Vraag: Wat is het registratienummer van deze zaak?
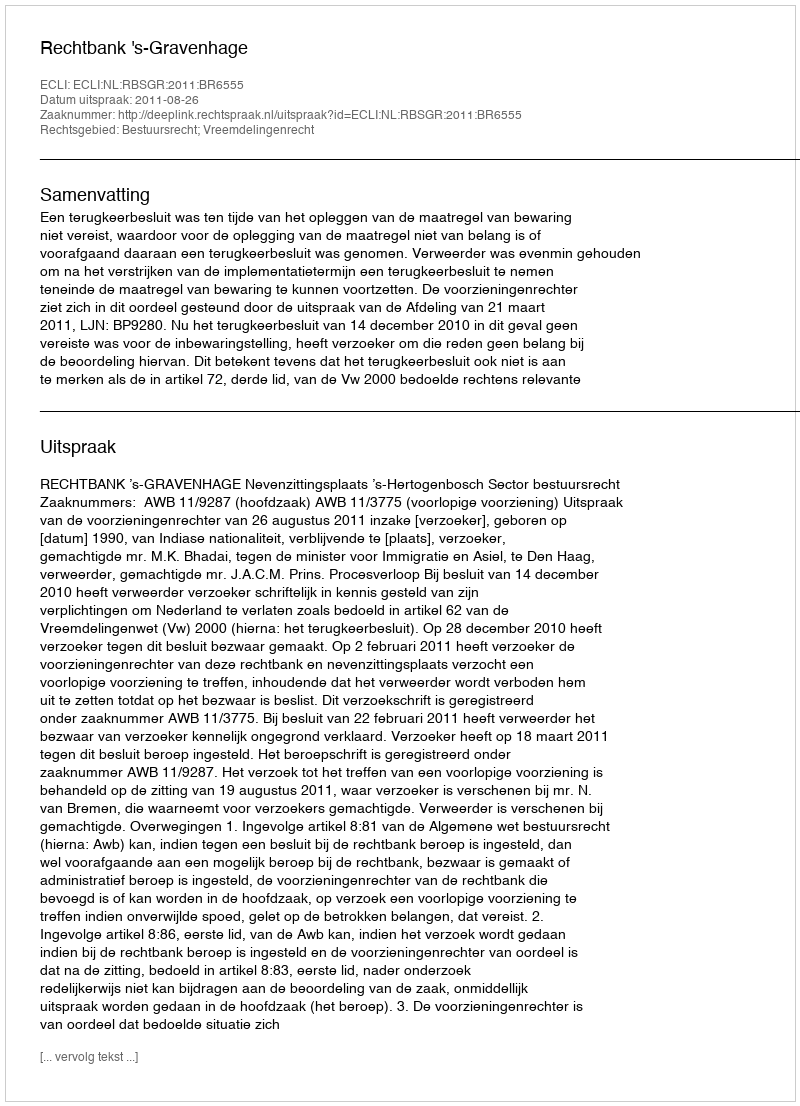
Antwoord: http://deeplink.rechtspraak.nl/uitspraak?id=ECLI:NL:RBSGR:2011:BR6555